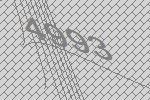
4993